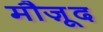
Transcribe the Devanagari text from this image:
मौजू़द